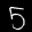
Label: 5